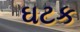
ઘટક